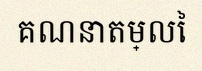
គណនាតម្លៃ